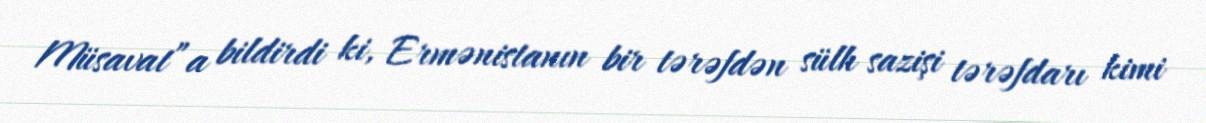
Müsavat”a bildirdi ki, Ermənistanın bir tərəfdən sülh sazişi tərəfdarı kimi